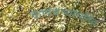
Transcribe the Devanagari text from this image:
कादंबर्‍यांसहित